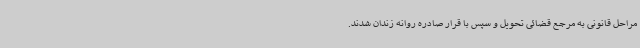
مراحل قانونی به مرجع قضائی تحویل و سپس با قرار صادره روانه زندان شدند.